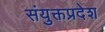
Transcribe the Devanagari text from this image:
संयुक्तप्रदेश